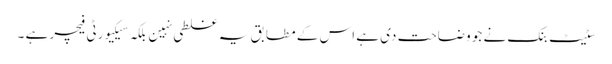
سٹیٹ بنک نے جو وضاحت دی ہے اس کے مطابق یہ غلطی نہین بلکہ سیکیورٹی فیچر ہے ۔